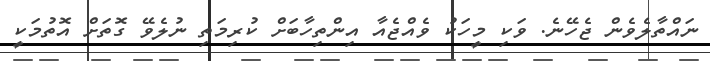
ނައްތާލެވެން ޖެހޭނެ. ވަކި މީހަކު ވެއްޖެއާ އިންތިހާބަށް ކުރިމަތި ނުލެވޭ ގޮތަށް އޮތުމަކީ